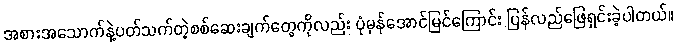
အစားအသောက်နဲ့ပတ်သက်တဲ့စစ်ဆေးချက်တွေကိုလည်း ပုံမှန်အောင်မြင်ကြောင်း ပြန်လည်ဖြေရှင်းခဲ့ပါတယ်။